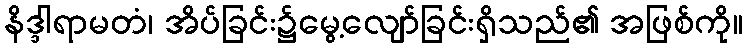
နိဒ္ဒါရာမတံ၊ အိပ်ခြင်း၌မွေ့လျော်ခြင်းရှိသည်၏ အဖြစ်ကို။